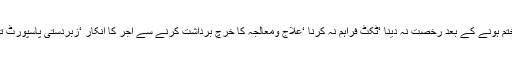
اجرت کی عدم ادائیگی‘ تنخواہ میںتاخیر‘کم معاوضہ ‘ لیبرکارڈ اورویزا کی عدم تجدید‘معاہدہ ختم ہونے کے بعد رخصت نہ دینا ‘ٹکٹ فراہم نہ کرنا ‘علاج ومعالجہ کا خرچ برداشت کرنے سے آجر کا انکار ‘زبردستی پاسپورٹ تحویل میں رکھنا اورخروج اور دوبارہ آمد کی اجازت کو نامنظورکرنا جیسی شکایتیں عام ہیں۔